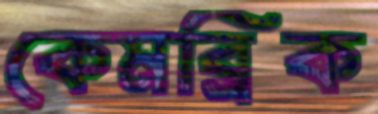
কেমব্রিক